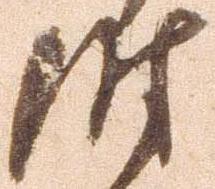
時